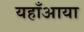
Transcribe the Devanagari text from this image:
यहाँआया